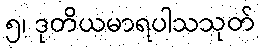
၅၊ ဒုတိယမာရပါသသုတ်